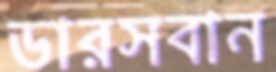
ডারসবান